Indian journal of veterinary science and animal husbandry - Volume 10,
Year: 1940
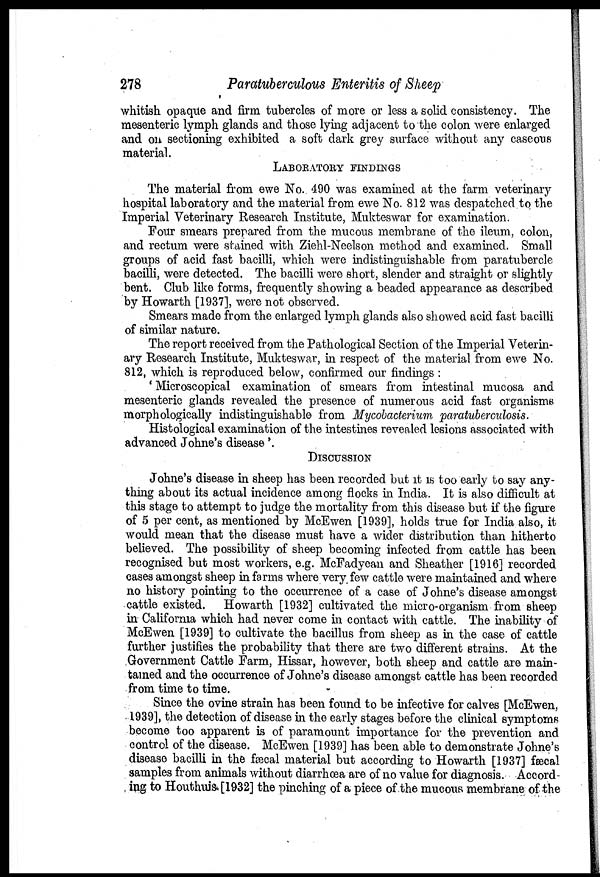
278
Paratuberculous Enteritis of Sheep
whitish opaque and firm tubercles of more or less a solid consistency. The
mesenteric lymph glands and those lying adjacent to the colon were enlarged
and on sectioning exhibited a soft dark grey surface without any caseous
material.
LABORATORY FINDINGS
The material from ewe No. 490 was examined at the farm veterinary
hospital laboratory and the material from ewe No. 812 was despatched to the
Imperial Veterinary Research Institute, Mukteswar for examination.
Four smears prepared from the mucous membrane of the ileum, colon,
and rectum were stained with Ziehl-Neelson method and examined. Small
groups of acid fast bacilli, which were indistinguishable from paratubercle
bacilli, were detected. The bacilli were short, slender and straight or slightly
bent. Club like forms, frequently showing a beaded appearance as described
by Howarth [1937], were not observed.
Smears made from the enlarged lymph glands also showed acid fast bacilli
of similar nature.
The report received from the Pathological Section of the Imperial Veterin-
ary Research Institute, Mukteswar, in respect of the material from ewe No.
812, which is reproduced below, confirmed our findings :
' Microscopical examination of smears from intestinal mucosa and
mesenteric glands revealed the presence of numerous acid fast organisms
morphologically indistinguishable from Mycobacterium paratuberculosis.
Histological examination of the intestines revealed lesions associated with
advanced Johne's disease '.
DISCUSSION
Johne's disease in sheep has been recorded but it is too early to say any-
thing about its actual incidence among flocks in India. It is also difficult at
this stage to attempt to judge the mortality from this disease but if the figure
of 5 per cent, as mentioned by McEwen [1939], holds true for India also, it
would mean that the disease must have a wider distribution than hitherto
believed. The possibility of sheep becoming infected from cattle has been
recognised but most workers, e.g. McFadyean and Sheather [1916] recorded
cases amongst sheep in farms where very few cattle were maintained and where
no history pointing to the occurrence of a case of Johne's disease amongst
cattle existed. Howarth [1932] cultivated the micro-organism from sheep
in California which had never come in contact with cattle. The inability of
McEwen [1939] to cultivate the bacillus from sheep as in the case of cattle
further justifies the probability that there are two different strains. At the
Government Cattle Farm, Hissar, however, both sheep and cattle are main-
tained and the occurrence of Johne's disease amongst cattle has been recorded
from time to time.
Since the ovine strain has been found to be infective for calves [McEwen,
1939], the detection of disease in the early stages before the clinical symptoms
become too apparent is of paramount importance for the prevention and
control of the disease. McEwen [1939] has been able to demonstrate Johne's
disease bacilli in the fæcal material but according to Howarth [1937] fæcal
samples from animals without diarrhœa are of no value for diagnosis. Accord-
ing to Houthuis[1932] the pinching of a piece of the mucous membrane of the